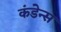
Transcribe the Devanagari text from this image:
कंडेन्स